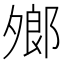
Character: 𪤼